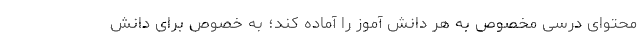
محتوای درسی مخصوص به هر دانش آموز را آماده کند؛ به خصوص برای دانش